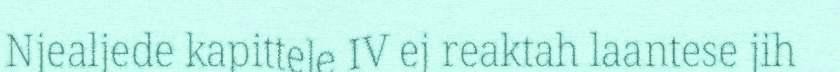
Njealjede kapittele IV ej reaktah laantese jih